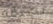
تصرفه